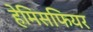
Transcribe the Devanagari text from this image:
हेमिसफियर